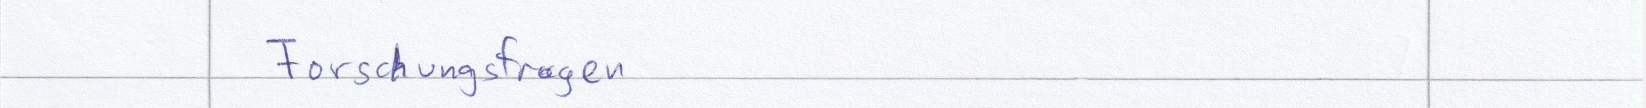
Forschungsfragen